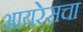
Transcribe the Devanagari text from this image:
आयरेसचा